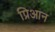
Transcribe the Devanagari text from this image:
प्रिआन